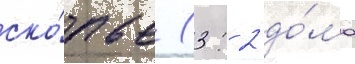
ско́пье (3: 2 до́ма